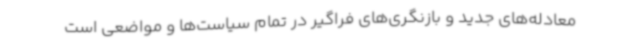
معادله‌های جدید و بازنگری‌های فراگیر در تمام سیاست‌ها و مواضعی است